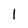
Character: I